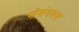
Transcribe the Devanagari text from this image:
गोमंगलम